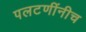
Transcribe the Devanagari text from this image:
पलटणींनीच